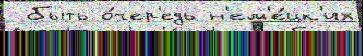
 быть о́чер'едь н'ем'е́цк'их